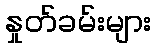
နှုတ်ခမ်းများ